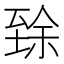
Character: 𱼬